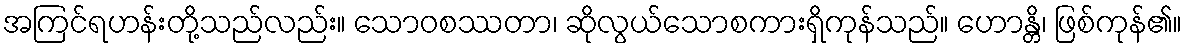
အကြင်ရဟန်းတို့သည်လည်း။ သောဝစဿတာ၊ ဆိုလွယ်သောစကားရှိကုန်သည်။ ဟောန္တိ၊ ဖြစ်ကုန်၏။